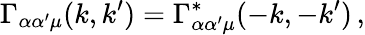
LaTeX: \Gamma_{\alpha\alpha^{\prime}\mu}(k,k^{\prime})=\Gamma_{\alpha\alpha^{\prime}\mu}^{\ast}(-k,-k^{\prime})\, ,